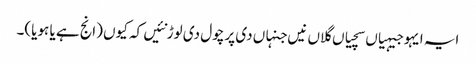
ایہ ایہو جیہیاں سچیاں گلاں نیں جنہاں دی پرچول دی لوڑ نئیں کہ کیوں (انج ہے یا ہویا)۔